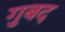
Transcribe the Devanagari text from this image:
गुबद